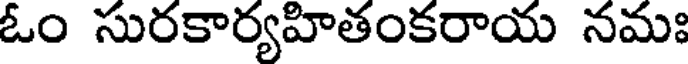
ఓం సురకార్యహితంకరాయ నమః